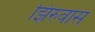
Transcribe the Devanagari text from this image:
झिरुवास